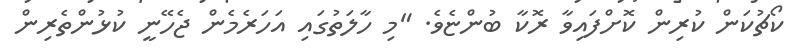
ކޯޗުކަން ކުރިން ކޮށްފައިވާ ރޮކާ ބުންޏެވެ. "މި ހާލަތުގައި އަހަރެމެން ޖެހޭނީ ކުޅުންތެރިން